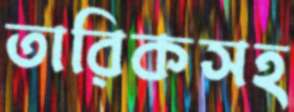
তারিকসহ